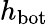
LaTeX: h_{\mathrm{bot}}